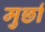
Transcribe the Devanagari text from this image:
मुर्छा